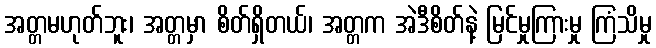
အတ္တမဟုတ်ဘူး၊ အတ္တမှာ စိတ်ရှိတယ်၊ အတ္တက အဲဒီစိတ်နဲ့ မြင်မှုကြားမှု ကြံသိမှု